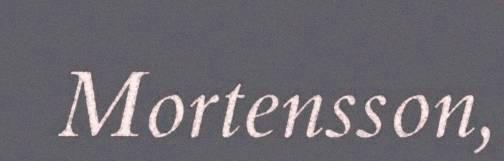
Mortensson,